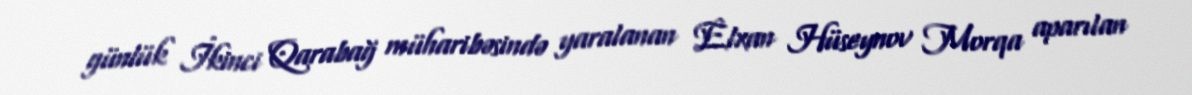
günlük İkinci Qarabağ müharibəsində yaralanan Elxan Hüseynov Morqa aparılan